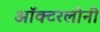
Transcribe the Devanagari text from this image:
ऑक्टरलोनी